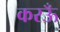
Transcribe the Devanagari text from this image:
करऊँ